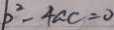
b ^ { 2 } - 4 a c = 0